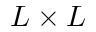
L \times L